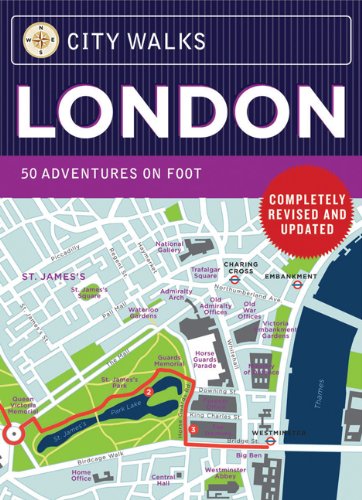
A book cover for City Walks: London, Revised Edition: 50 Adventures on Foot; Christina Henry de Tessan; Travel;